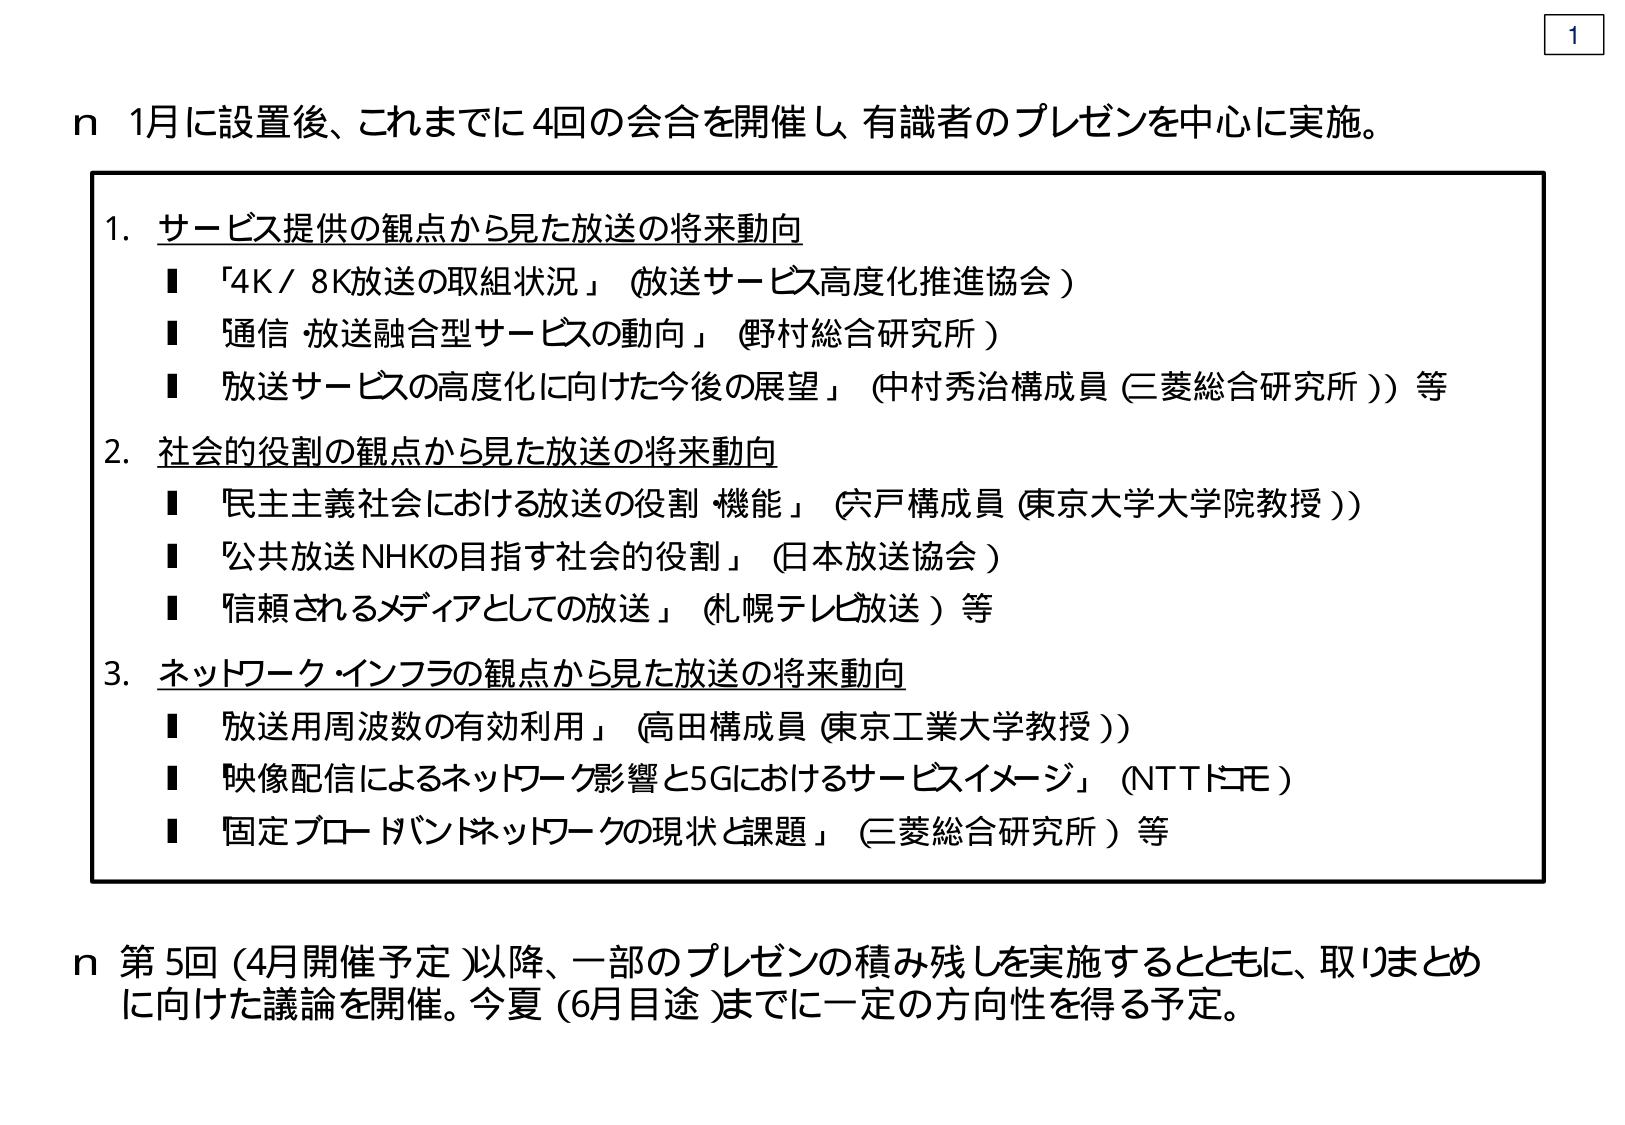
n 1月に設置後、これまでに4回の会合を開催し、有識者のプレゼンを中心に実施。

1. サービス提供の観点から見た放送の将来動向
　■ 「4K/8K放送の取組状況」（放送サービス高度化推進協会）
　■ 「通信・放送融合型サービスの動向」（野村総合研究所）
　■ 「放送サービスの高度化に向けた今後の展望」（中村秀治構成員（三菱総合研究所））等

2. 社会的役割の観点から見た放送の将来動向
　■ 「民主主義社会における放送の役割・機能」（宍戸構成員（東京大学大学院教授））
　■ 「公共放送NHKの目指す社会的役割」（日本放送協会）
　■ 「信頼されるメディアとしての放送」（札幌テレビ放送）等

3. ネットワーク・インフラの観点から見た放送の将来動向
　■ 「放送用周波数の有効利用」（高田構成員（東京工業大学教授））
　■ 「映像配信によるネットワーク影響と5Gにおけるサービスイメージ」（NTTドコモ）
　■ 「固定ブロードバンドネットワークの現状と課題」（三菱総合研究所）等

n 第5回（4月開催予定）以降、一部のプレゼンの積み残しを実施するとともに、取りまとめに向けた議論を開催。今夏（6月目途）までに一定の方向性を得る予定。